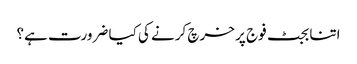
اتنا بجٹ فوج پر خرچ کرنے کی کیا ضرورت ہے؟